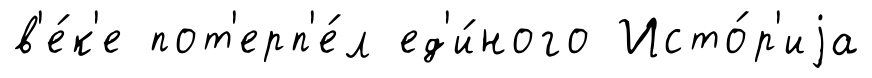
в'е́к'е пот'ерп'е́л ед'и́ного Исто́р'иjа